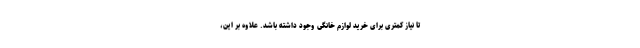
تا نیاز کمتری برای خرید لوازم خانگی وجود داشته باشد. علاوه بر این،